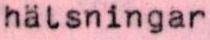
hälsningar